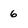
Character: 6